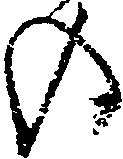
の